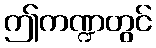
ဤကဏ္ဍတွင်